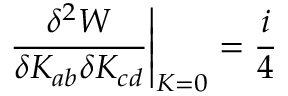
\left. \frac { \delta ^ { 2 } W } { \delta K _ { a b } \delta K _ { c d } } \right| _ { K = 0 } = \frac i 4